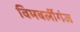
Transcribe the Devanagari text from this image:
विमबर्लीगंज